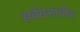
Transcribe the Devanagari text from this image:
सर्वसत्ताधीश